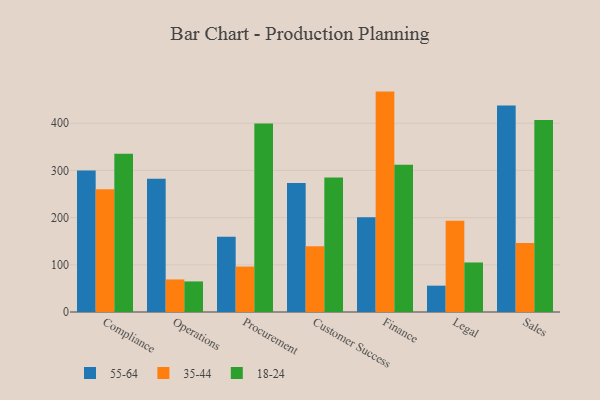
{"axis": {"x": "Department", "y": "Conversion Rate (%)"}, "legend": ["18-24", "35-44", "55-64"], "data": [{"x": "Compliance", "y": 299.6, "type": "55-64"}, {"x": "Compliance", "y": 260.0, "type": "35-44"}, {"x": "Compliance", "y": 335.1, "type": "18-24"}, {"x": "Operations", "y": 282.4, "type": "55-64"}, {"x": "Operations", "y": 69.0, "type": "35-44"}, {"x": "Operations", "y": 64.8, "type": "18-24"}, {"x": "Procurement", "y": 159.4, "type": "55-64"}, {"x": "Procurement", "y": 96.3, "type": "35-44"}, {"x": "Procurement", "y": 399.4, "type": "18-24"}, {"x": "Customer Success", "y": 273.1, "type": "55-64"}, {"x": "Customer Success", "y": 139.4, "type": "35-44"}, {"x": "Customer Success", "y": 285.0, "type": "18-24"}, {"x": "Finance", "y": 200.8, "type": "55-64"}, {"x": "Finance", "y": 467.0, "type": "35-44"}, {"x": "Finance", "y": 311.9, "type": "18-24"}, {"x": "Legal", "y": 55.8, "type": "55-64"}, {"x": "Legal", "y": 193.1, "type": "35-44"}, {"x": "Legal", "y": 104.9, "type": "18-24"}, {"x": "Sales", "y": 437.7, "type": "55-64"}, {"x": "Sales", "y": 146.0, "type": "35-44"}, {"x": "Sales", "y": 406.7, "type": "18-24"}]}